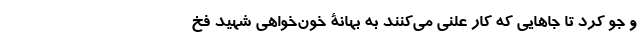
و جو کرد تا جاهایی که کار علنی می‌کنند به بهانۀ خون‌خواهی شهید فخ